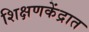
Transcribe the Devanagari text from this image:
शिक्षणकेंद्रात